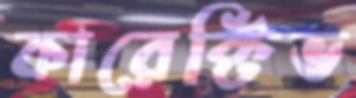
কারেক্টিভ